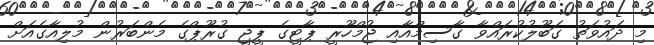
މި ދައުވަތު ގަބޫލުކުރައްވާ ގާސިމްއާއި ޖުމްހޫރީ ޕާޓީގެ ޕީޖީ ގުރޫޕްގެ މެންބަރުން މުލިއާގެއަށް